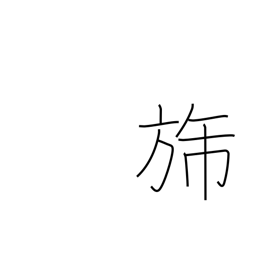
Meaning: flag